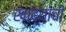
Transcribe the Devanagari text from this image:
खाद्याची